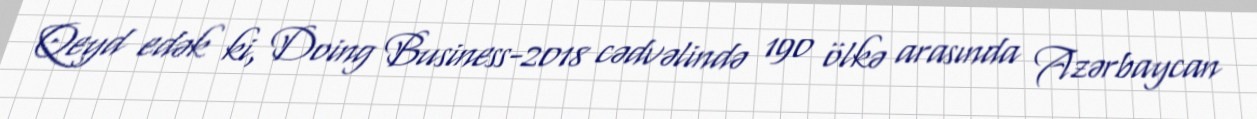
Qeyd edək ki, Doing Business-2018 cədvəlində 190 ölkə arasında Azərbaycan